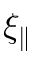
\xi _ { \parallel }